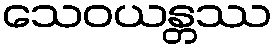
သေဝယန္တဿ